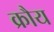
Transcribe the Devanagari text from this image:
क्रौय